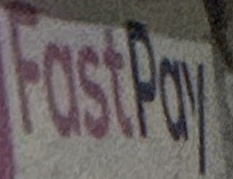
Fast Pay